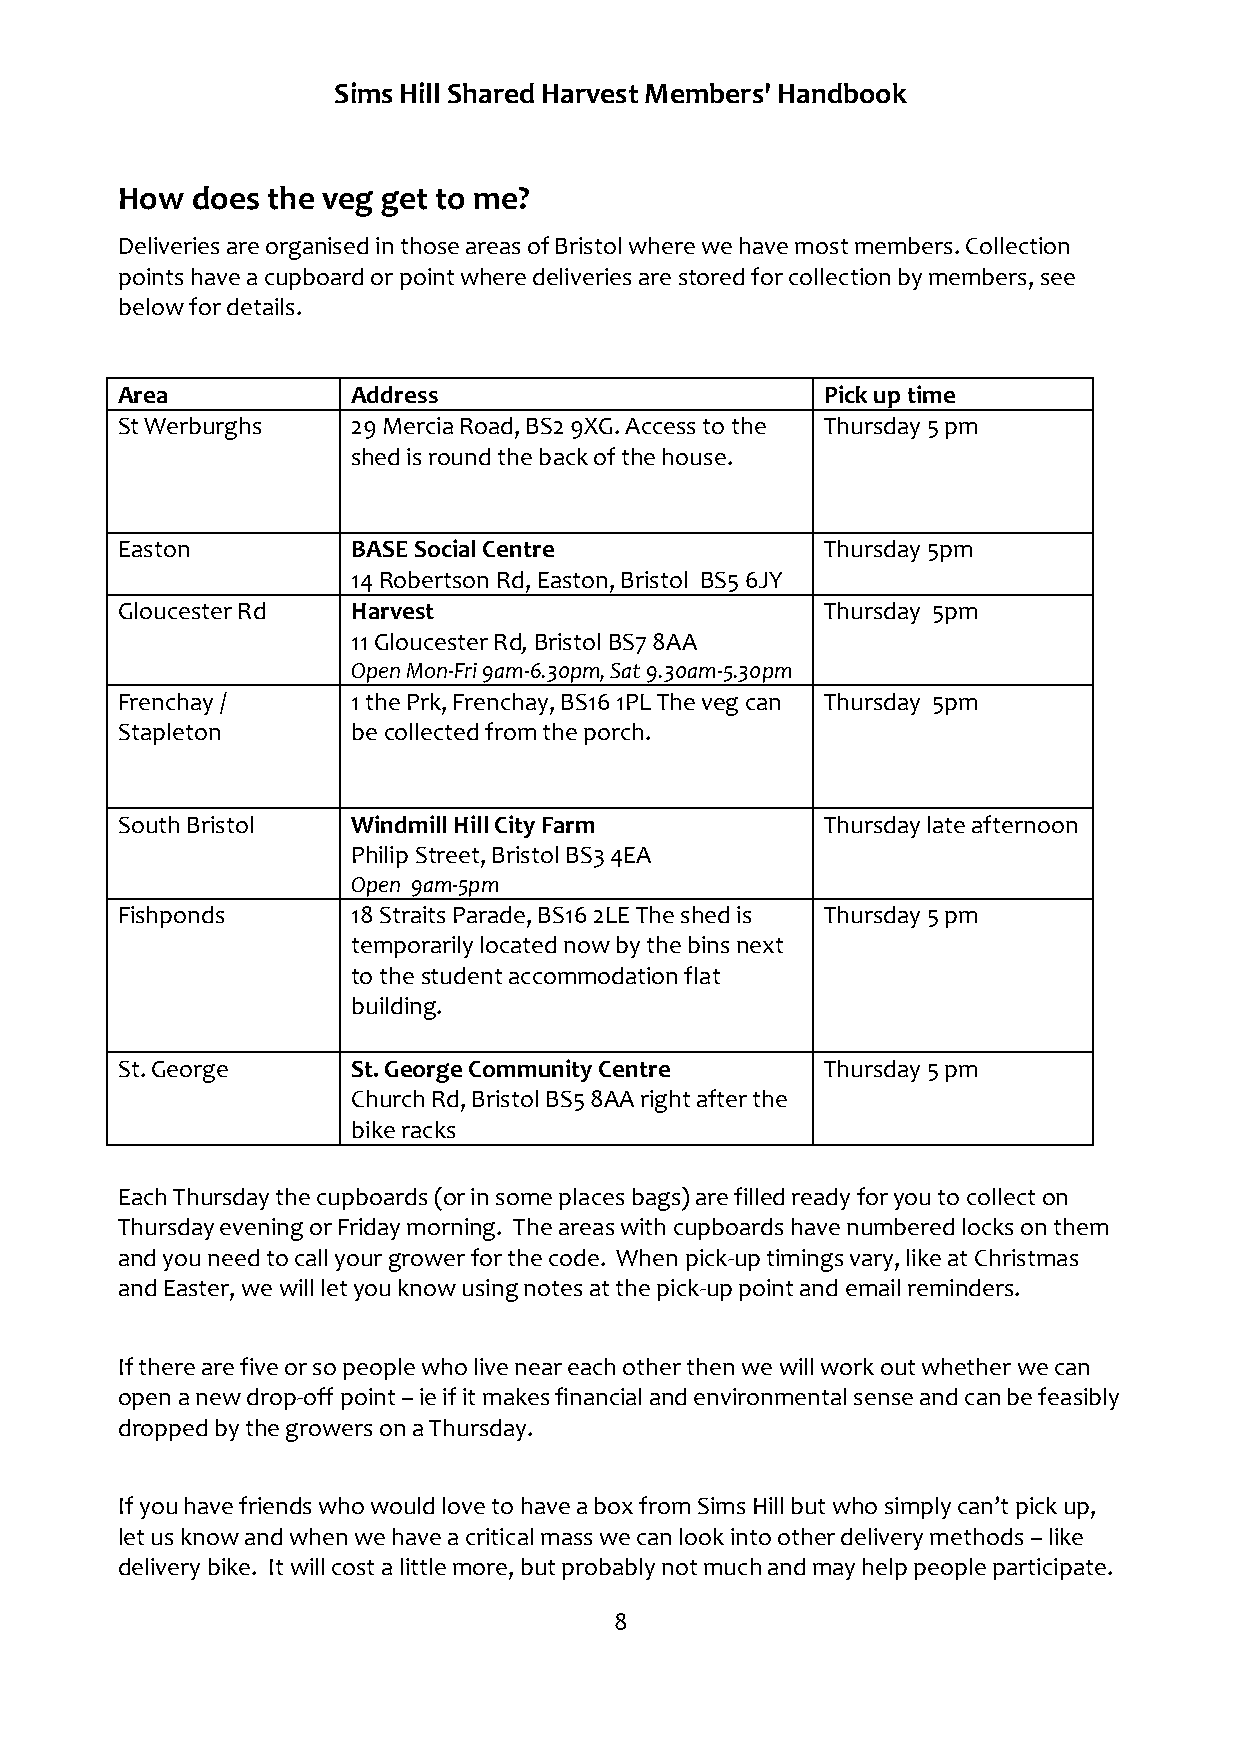
Sims Hill Shared Harvest Members' Handbook
 How  does the veg get to me?
 Deliveries are organised in those areas of Bristol where we have most members. Collection
 points have a cupboard or point where deliveries are stored for collection by members, see
 below for details.
 Area           Address                         Pick up time
 St Werburghs   29 Mercia Road, BS2 9XG. Access to the Thursday 5 pm
 shed is round the back of the house.
 Easton         BASE Social Centre              Thursday 5pm
 14 Robertson Rd, Easton, Bristol BS5 6JY
 Gloucester Rd  Harvest                         Thursday 5pm
 11 Gloucester Rd, Bristol BS7 8AA
 Open Mon-Fri 9am-6.30pm, Sat 9.30am-5.30pm
 Frenchay /     1 the Prk, Frenchay, BS16 1PL The veg can Thursday 5pm
 Stapleton      be collected from the porch.
 South Bristol  Windmill Hill City Farm         Thursday late afternoon
 Philip Street, Bristol BS3 4EA
 Open 9am-5pm
 Fishponds      18 Straits Parade, BS16 2LE The shed is Thursday 5 pm
 temporarily located now by the bins next
 to the student accommodation flat
 building.
 St. George     St. George Community Centre     Thursday 5 pm
 Church Rd, Bristol BS5 8AA right after the
 bike racks
 Each Thursday the cupboards (or in some places bags) are filled ready for you to collect on
 Thursday evening or Friday morning. The areas with cupboards have numbered locks on them
 and you need to call your grower for the code. When pick-up timings vary, like at Christmas
 and Easter, we will let you know using notes at the pick-up point and email reminders.
 If there are five or so people who live near each other then we will work out whether we can
 open a new drop-off point – ie if it makes financial and environmental sense and can be feasibly
 dropped by the growers on a Thursday.
 If you have friends who would love to have a box from Sims Hill but who simply can’t pick up,
 let us know and when we have a critical mass we can look into other delivery methods – like
 delivery bike. It will cost a little more, but probably not much and may help people participate.
 8